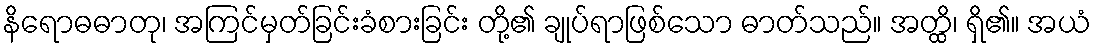
နိရောဓဓာတု၊ အကြင်မှတ်ခြင်းခံစားခြင်း တို့၏ ချုပ်ရာဖြစ်သော ဓာတ်သည်။ အတ္ထိ၊ ရှိ၏။ အယံ